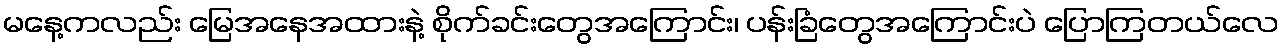
မနေ့ကလည်း မြေအနေအထားနဲ့ စိုက်ခင်းတွေအကြောင်း၊ ပန်းခြံတွေအကြောင်းပဲ ပြောကြတယ်လေ